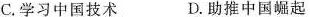
C.学习中国技术 D.助推中国崛起